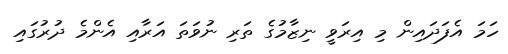
ހަމަ އެފަދައިން މި އިރަވީ ނިޒާމުގެ ތަރި ނުވަތަ އަރާއި އެންމެ ދުރުގައި